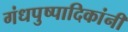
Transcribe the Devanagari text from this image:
गंधपुष्पादिकांनीं